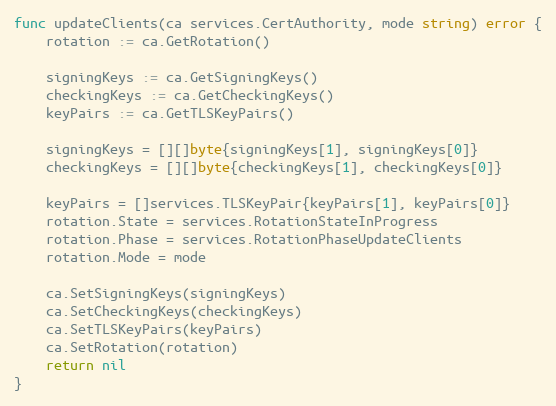
Language: Go
func updateClients(ca services.CertAuthority, mode string) error {
	rotation := ca.GetRotation()

	signingKeys := ca.GetSigningKeys()
	checkingKeys := ca.GetCheckingKeys()
	keyPairs := ca.GetTLSKeyPairs()

	signingKeys = [][]byte{signingKeys[1], signingKeys[0]}
	checkingKeys = [][]byte{checkingKeys[1], checkingKeys[0]}

	keyPairs = []services.TLSKeyPair{keyPairs[1], keyPairs[0]}
	rotation.State = services.RotationStateInProgress
	rotation.Phase = services.RotationPhaseUpdateClients
	rotation.Mode = mode

	ca.SetSigningKeys(signingKeys)
	ca.SetCheckingKeys(checkingKeys)
	ca.SetTLSKeyPairs(keyPairs)
	ca.SetRotation(rotation)
	return nil
}